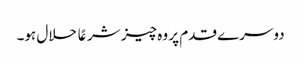
دوسرے قدم پر وہ چیز شرعًا حلال ہو۔